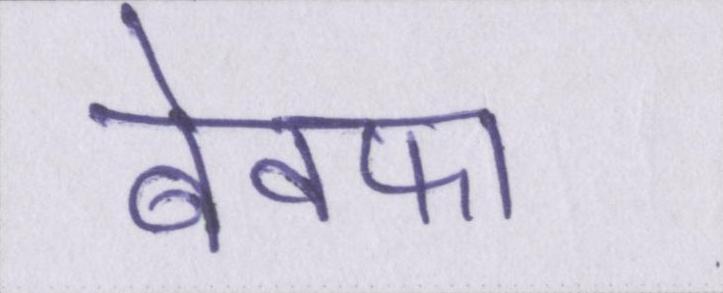
बेवफा